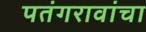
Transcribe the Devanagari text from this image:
पतंगरावांचा